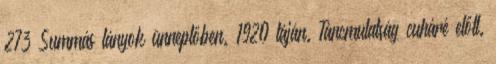
273 Summás lányok ünneplőben. 1920 táján. Táncmulatság cuháré előtt.